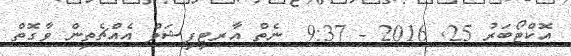
އޮކްޓޯބަރު 25